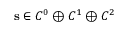
\mathbf s \in { C ^ { 0 } \oplus C ^ { 1 } \oplus C ^ { 2 } }